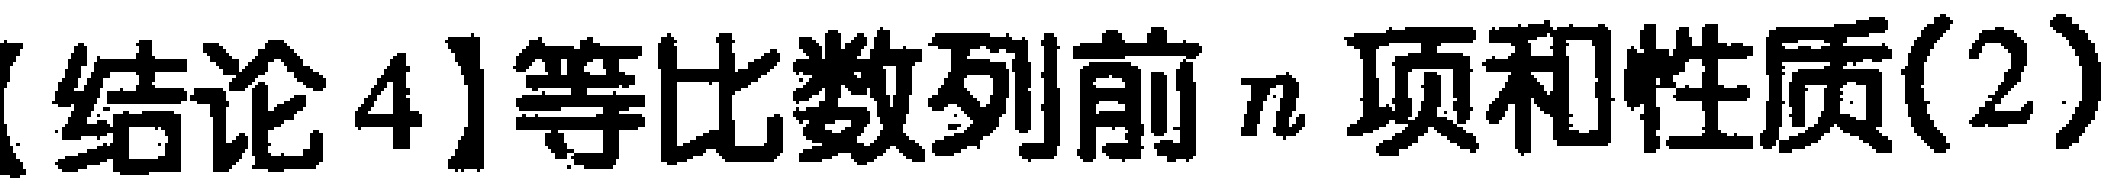
【结论4】等比数列前\(n\)项和性质(2)